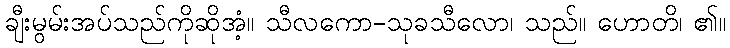
ချီးမွမ်းအပ်သည်ကိုဆိုအံ့။ သီလကော-သုခသီလော၊ သည်။ ဟောတိ၊ ၏။